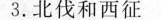
3.北伐和西征